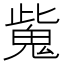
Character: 𩲨